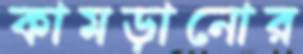
কামড়ানোর